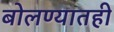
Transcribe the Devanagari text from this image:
बोलण्यातही